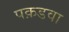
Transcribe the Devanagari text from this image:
पक़डवा